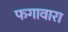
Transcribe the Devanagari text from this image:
फगावारा